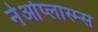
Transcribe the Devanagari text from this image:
नेओप्लास्म्स